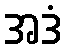
အဒံ